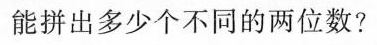
能拼出多少个不同的两位数?